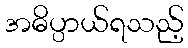
အဓိပ္ပာယ်ရသည့်